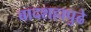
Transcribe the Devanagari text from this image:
बादशहापुढे